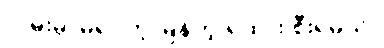
လမ်းမှာမရပ်တဲ့ မြန်တဲ့ ရထား စီးရမယ်။